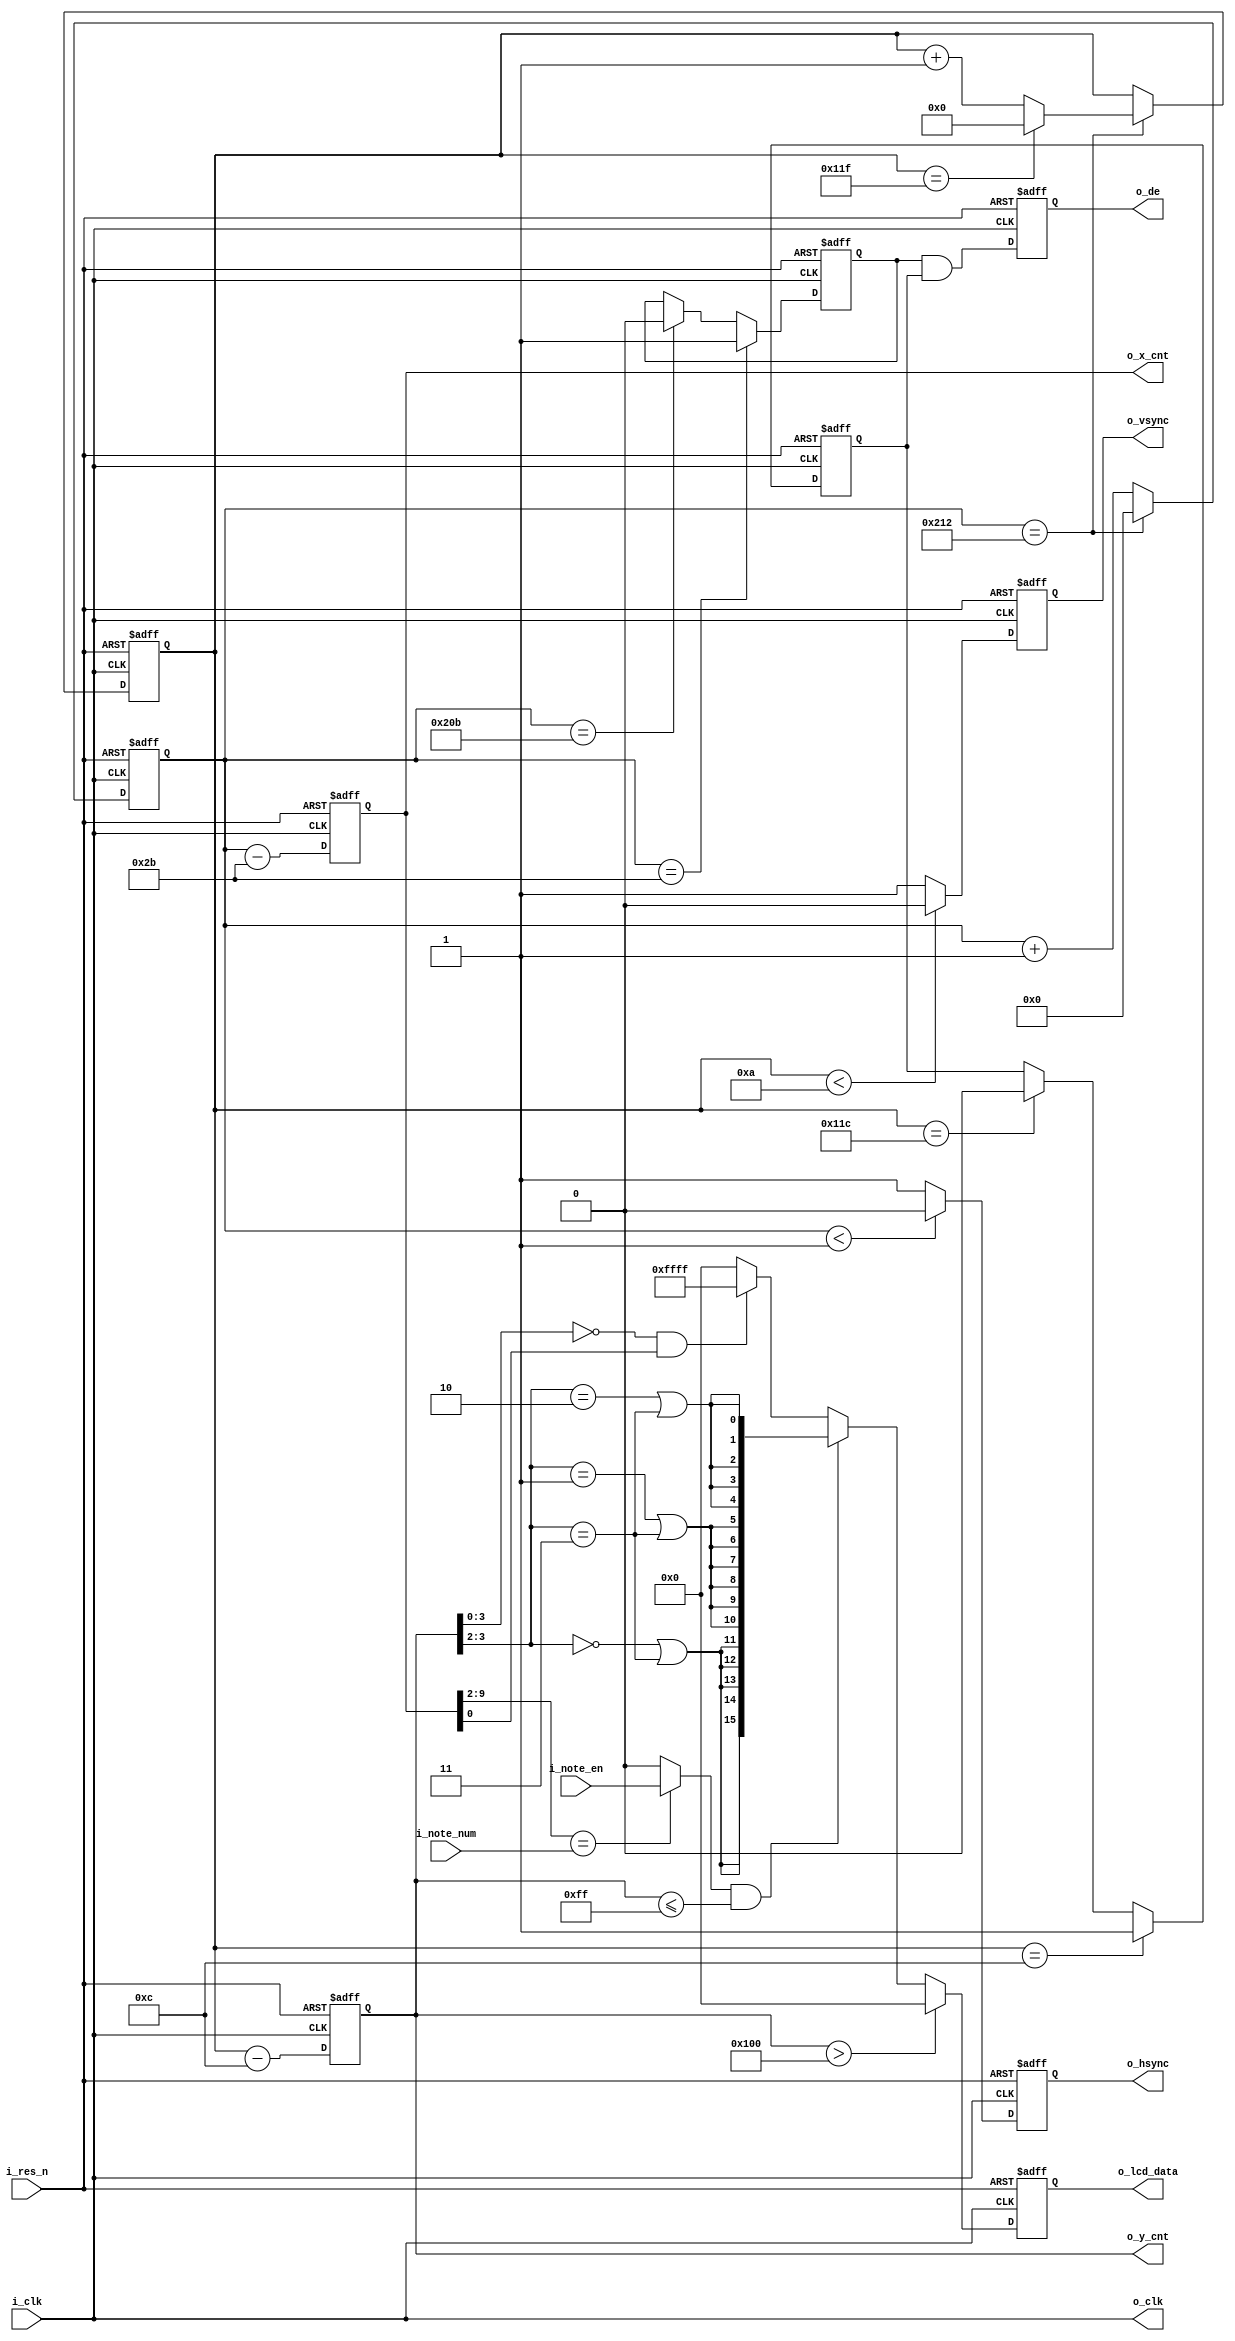
 /********************************************************
 * Title    : LCD Controller
 * Design   : kingyo
 ********************************************************/
module LCD_Controller (
    input   wire            i_clk,
    input   wire            i_res_n,
    input   wire            i_note_en,
    input   wire    [ 6:0]  i_note_num,
    output  wire            o_clk,
    output  reg             o_hsync,
    output  reg             o_vsync,
    output  reg             o_de,
    output  reg     [ 9:0]  o_x_cnt,
    output  reg     [ 8:0]  o_y_cnt,
    output  reg     [15:0]  o_lcd_data
    );

    /**************************************************************
    *  LCD (ATM0430D25)
    *************************************************************/
    localparam DispHPeriodTime  = 531;
    localparam DispWidth        = 480;
    localparam DispHBackPorch   = 43;
    localparam DispHFrontPorch  = 8;
    localparam DispHPulseWidth  = 1;

    localparam DispVPeriodTime  = 288;
    localparam DispHeight       = 272;
    localparam DispVBackPorch   = 12;
    localparam DispVFrontPorch  = 4;
    localparam DispVPulseWidth  = 10;
    

    // 
    reg [ 9:0]  r_hPeriodCnt;
    reg [ 8:0]  r_vPeriodCnt;
    always @(posedge i_clk or negedge i_res_n) begin
        if (~i_res_n) begin
            r_hPeriodCnt[9:0] <= 10'd0;
            r_vPeriodCnt[8:0] <= 9'd0;
        end else begin
            // 
            if (r_hPeriodCnt[9:0] == (DispHPeriodTime - 10'd1)) begin
                r_hPeriodCnt[9:0] <= 10'd0;
            end else begin
                r_hPeriodCnt[9:0] <= r_hPeriodCnt[9:0] + 10'b1;
            end

            // 
            if (r_hPeriodCnt[9:0] == (DispHPeriodTime - 10'd1)) begin
                if (r_vPeriodCnt[8:0] == (DispVPeriodTime - 9'd1)) begin
                    r_vPeriodCnt[8:0] <= 9'd0;
                end else begin
                    r_vPeriodCnt[8:0] <= r_vPeriodCnt[8:0] + 9'b1;
                end
            end
        end
    end

    // 
    reg         r_hInVisibleArea;
    reg         r_vInVisibleArea;
    always @(posedge i_clk or negedge i_res_n) begin
        if (~i_res_n) begin
            r_hInVisibleArea <= 1'd0;
            r_vInVisibleArea <= 1'd0;
        end else begin
            // 
            r_hInVisibleArea <= (r_hPeriodCnt[9:0] == DispHBackPorch)  ? 1'b1 :
                                (r_hPeriodCnt[9:0] == DispHBackPorch + DispWidth) ? 1'b0 : r_hInVisibleArea;
            r_vInVisibleArea <= (r_vPeriodCnt[8:0] == DispVBackPorch)  ? 1'b1 :
                                (r_vPeriodCnt[8:0] == DispVBackPorch + DispHeight) ? 1'b0 : r_vInVisibleArea;
        end
    end

    /**************************************************************
     *  UI
     *************************************************************/
    // ()
    wire            w_sep_line  = (o_y_cnt[3:0] == 4'd0) && (o_x_cnt[0] == 1'b1);

    // 
    wire    [5:0]   w_noteAddr  = o_y_cnt[7:2];
    wire            w_bar       = (o_x_cnt[9:2] == i_note_num[6:0]) ? i_note_en : 1'b0;
    
    // 
    wire            w_bar_r     = w_noteAddr[1:0] == 2'd0 || w_noteAddr[1:0] == 2'd3;
    wire            w_bar_g     = w_noteAddr[1:0] == 2'd1 || w_noteAddr[1:0] == 2'd3;
    wire            w_bar_b     = w_noteAddr[1:0] == 2'd2 || w_noteAddr[1:0] == 2'd3;
    wire    [15:0]  w_lcd_data  = o_y_cnt[8:0] > 9'd256 ? 16'h0000 :    // 
                                  (w_bar && o_y_cnt[8:0] <= 9'd255) ? {{5{w_bar_r}}, {6{w_bar_g}}, {5{w_bar_b}}} :    // 
                                  w_sep_line ? 16'hFFFF : 16'h0000;     // 

    /**************************************************************
     *  
     *************************************************************/
    always @(posedge i_clk or negedge i_res_n) begin
        if (~i_res_n) begin
            o_hsync     <= 1'b1;
            o_vsync     <= 1'b1;
            o_de        <= 1'b0;
            o_x_cnt     <= 10'd0;
            o_y_cnt     <= 9'd0;
            o_lcd_data  <= 16'd0;
        end else begin
            o_hsync     <= (r_hPeriodCnt[9:0] < DispHPulseWidth) ? 1'b0 : 1'b1;   // HSYNC
            o_vsync     <= (r_vPeriodCnt[8:0] < DispVPulseWidth) ? 1'b0 : 1'b1;   // VSYNC
            o_de        <= r_hInVisibleArea & r_vInVisibleArea;
            o_x_cnt     <= r_hPeriodCnt - DispHBackPorch;
            o_y_cnt     <= r_vPeriodCnt - DispVBackPorch;
            o_lcd_data  <= w_lcd_data;
        end
    end
    assign o_clk = i_clk;

endmodule